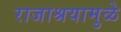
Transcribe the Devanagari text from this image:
राजाश्रयामुळे